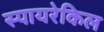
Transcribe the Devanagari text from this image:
स्पायरेकिल